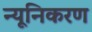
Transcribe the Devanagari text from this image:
न्यूनिकरण